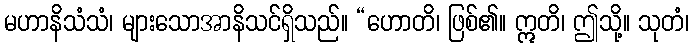
မဟာနိသံသံ၊ များသောအာနိသင်ရှိသည်။ “ဟောတိ၊ ဖြစ်၏။ ဣတိ၊ ဤသို့။ သုတံ၊